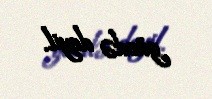
gücdə deyil.